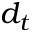
d _ { t }